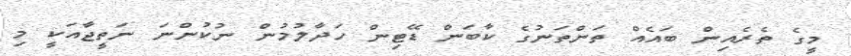
މީގެ ތެރެއިން ބައެއް ތަންތަނުގެ ކާބަން ޑޭޓިން ހަދާލުމުން ނުކުންނަ ނަތީޖާއަކީ މި